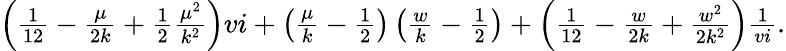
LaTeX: \begin{array}{r}{\left(\frac{1}{12}-\frac{\mu}{2k}+\frac{1}{2}\frac{\mu^{2}}{k^{2}}\right)vi+\left(\frac{\mu}{k}-\frac{1}{2}\right)\left(\frac{w}{k}-\frac{1}{2}\right)+\left(\frac{1}{12}-\frac{w}{2k}+\frac{w^{2}}{2k^{2}}\right)\frac{1}{vi}.}\end{array}